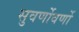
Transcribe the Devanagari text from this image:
सुवर्णोवर्णो